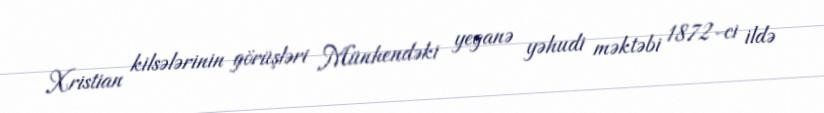
Xristian kilsələrinin görüşləri Münhendəki yeganə yəhudi məktəbi 1872-ci ildə